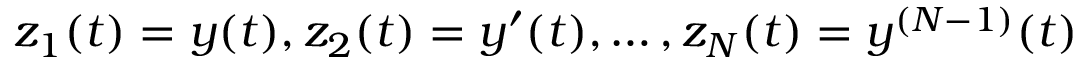
z _ { 1 } ( t ) = y ( t ) , z _ { 2 } ( t ) = y ^ { \prime } ( t ) , \ldots , z _ { N } ( t ) = y ^ { ( N - 1 ) } ( t )